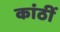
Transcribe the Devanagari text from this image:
कांठीं